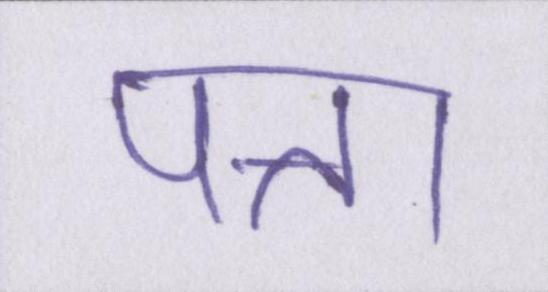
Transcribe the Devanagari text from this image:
पत्ता